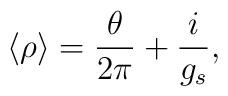
\langle \rho \rangle = \frac{\theta}{2\pi} + \frac{i}{g_s},